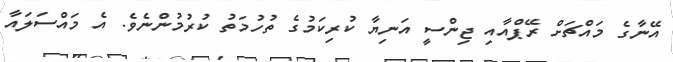
އޭނާގެ މައްޗަށް ރޭޕްއާއި ޖިންސީ އަނިޔާ ކުރިކަމުގެ ތުހުމަތު ކުރުމުންނެވެ. އެ މައްސަލައާ